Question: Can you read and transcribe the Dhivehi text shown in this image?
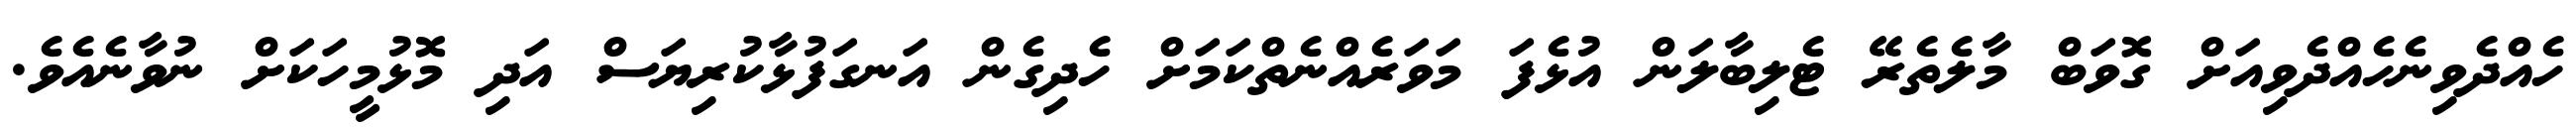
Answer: ހެއްދެވިނެހެއްދެވިއަށް ގޮވަބް މާލެތެރޭ ޓެލިބާލަން އުޅެފަ މަވަރެއްނެތްކަމަށް ހެދިގެން އަނގަފުޅާކުރިޔަސް އަދި މޮޅުމީހަކަށް ނުވާނެއެވެ.